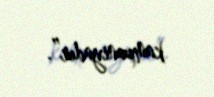
kampaniyadır”.